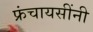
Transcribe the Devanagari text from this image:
फ्रंचायसींनी